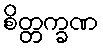
စိတ္တက္ခဏ